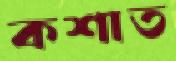
কশাত